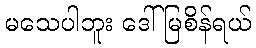
မသေပါဘူး ဒေါ်မြစိန်ရယ်